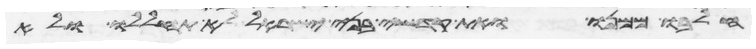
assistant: חלבו ממנו ואת קדשי בני ישראל לא תחללו ולא